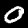
Digit: 0